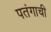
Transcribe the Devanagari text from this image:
पतंगाची